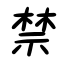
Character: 禁